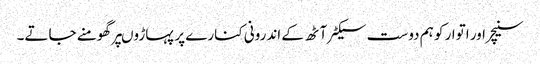
سنیچر اور اتوار کو ہم دوست سیکٹر آٹھ کے اندرونی کنارے پر پہاڑوںپر گھومنے جاتے۔